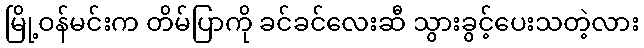
မြို့ဝန်မင်းက တိမ်ပြာကို ခင်ခင်လေးဆီ သွားခွင့်ပေးသတဲ့လား